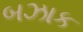
બઝાક